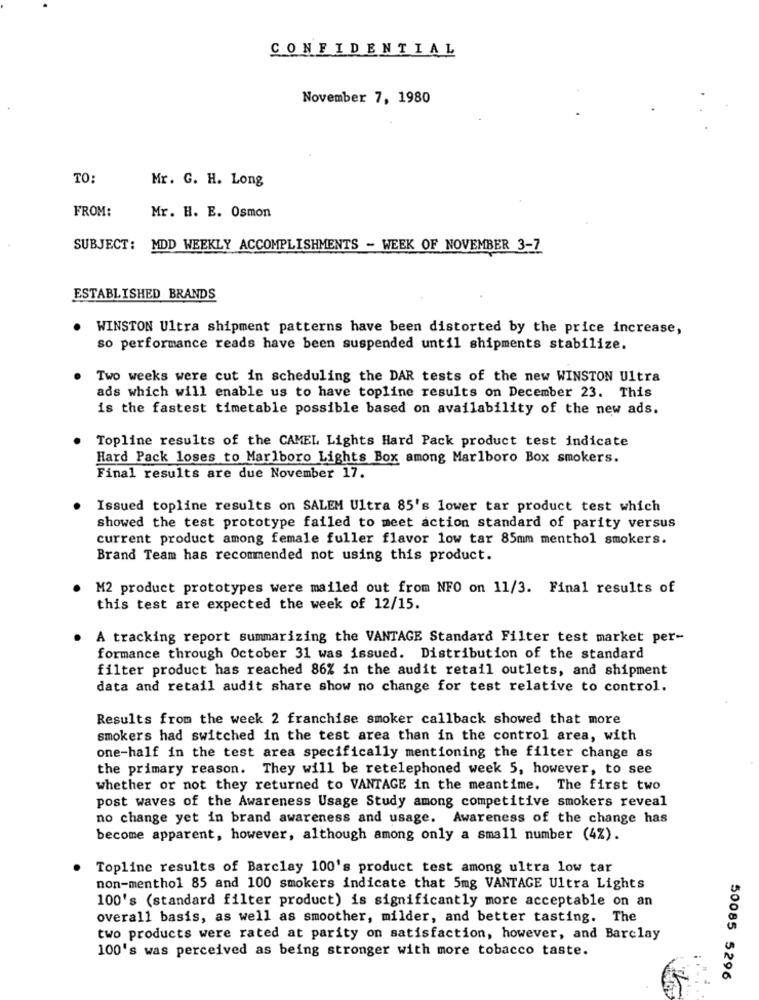
CONFIDENTIAL
November 7, 1980
TO:
Mr. G. H. Long
FROM:
Mr. H. E. Osmon
SUBJECT: MDD WEEKLY ACCOMPLISHMENTS - WEEK OF NOVEMBER 3-7
ESTABLISHED BRANDS
WINSTON Ultra shipment patterns have been distorted by the price increase,
so performance reads have been suspended until shipments stabilize.
Two weeks were cut in scheduling the DAR tests of the new WINSTON Ultra
ads which will enable us to have topline results on December 23. This
is the fastest timetable possible based on availability of the new ads.
Topline results of the CAMEL Lights Hard Pack product test indicate
Hard Pack loses to Marlboro Lights Box among Marlboro Box smokers.
Final results are due November 17.
Issued topline results on SALEM Ultra 85's lower tar product test which
showed the test prototype failed to meet action standard of parity versus
current product among female fuller flavor low tar 85mm menthol smokers.
Brand Team has recommended not using this product.
M2 product prototypes were mailed out from NFO on 11/3. Final results of
this test are expected the week of 12/15.
A tracking report summarizing the VANTAGE Standard Filter test market per-
formance through October 31 was issued. Distribution of the standard
filter product has reached 86% in the audit retail outlets, and shipment
data and retail audit share show no change for test relative to control.
Results from the week 2 franchise smoker callback showed that more
smokers had switched in the test area than in the control area, with
one-half in the test area specifically mentioning the filter change as
the primary reason. They will be retelephoned week 5, however, to see
whether or not they returned to VANTAGE in the meantime. The first two
post waves of the Awareness Usage Study among competitive smokers reveal
no change yet in brand awareness and usage. Awareness of the change has
become apparent, however, although among only a small number (4%).
Topline results of Barclay 100's product test among ultra low tar
non-menthol 85 and 100 smokers indicate that 5mg VANTAGE Ultra Lights
100's (standard filter product) is significantly more acceptable on an
overall basis, as well as smoother, milder, and better tasting. The
two products were rated at parity on satisfaction, however, and Barclay
100's was perceived as being stronger with more tobacco taste.
50085 5296